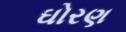
ઘોરણ